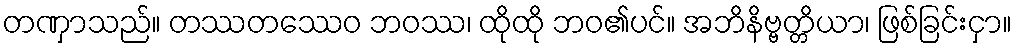
တဏှာသည်။ တဿတဿေဝ ဘဝဿ၊ ထိုထို ဘဝ၏ပင်။ အဘိနိဗ္ဗတ္တိယာ၊ ဖြစ်ခြင်းငှာ။